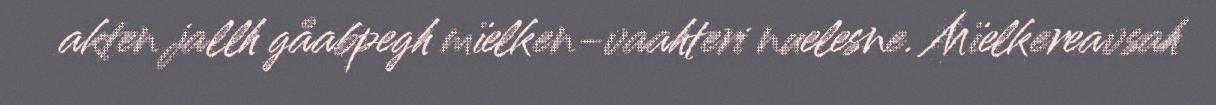
akten jallh gåabpegh mïelken-vaahteri nuelesne. Mïelkereavsah